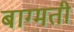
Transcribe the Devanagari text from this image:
बाग्मती